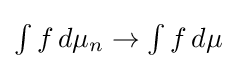
{\textstyle \int f\,d\mu _{n}\to \int f\,d\mu }